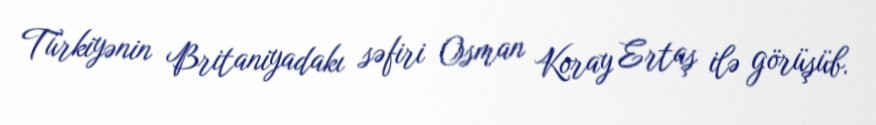
Türkiyənin Britaniyadakı səfiri Osman Koray Ertaş ilə görüşüb.